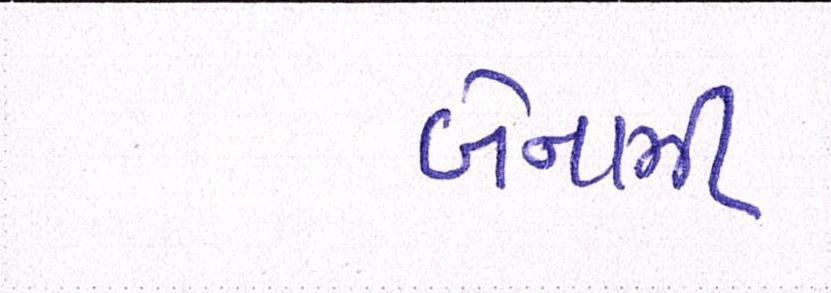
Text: બેનામી